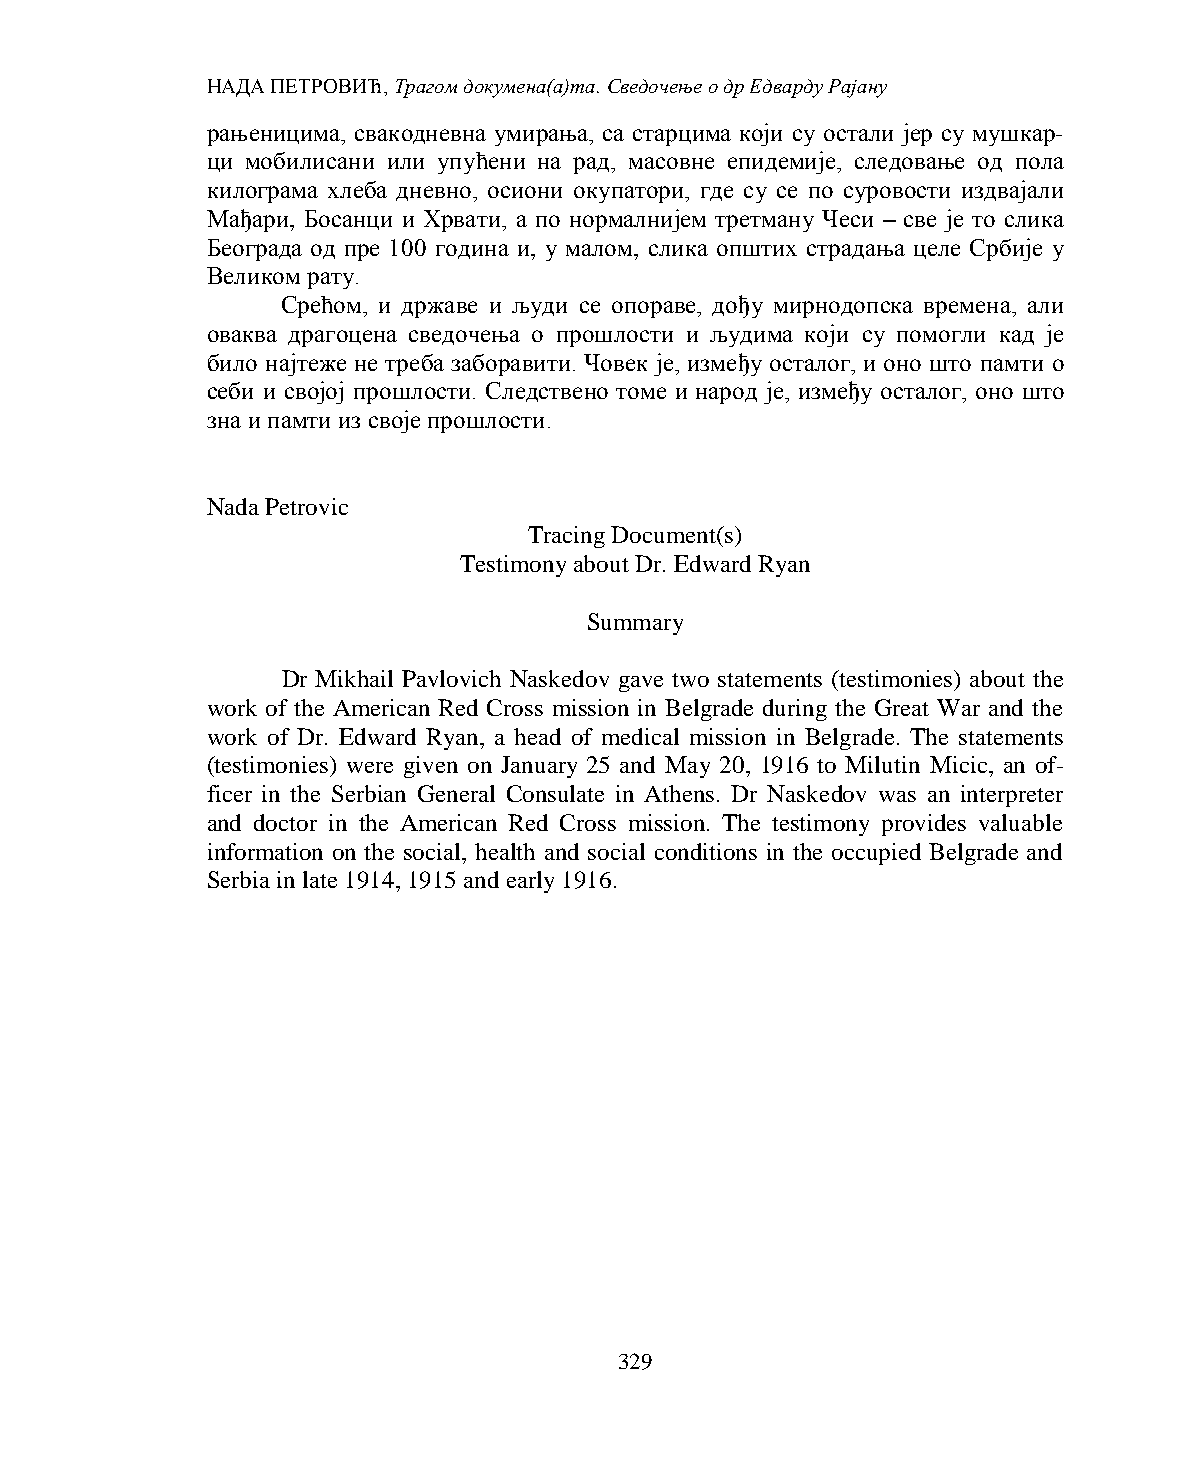
НАДА ПЕТРОВИЋ, Трагом докумена(а)та. Сведочење о др Едварду Рајану
 рањеницима, свакодневна умирања, са старцима који су остали јер су мушкар-
 ци мобилисани или упућени на рад, масовне епидемије, следовање од пола
 килограма хлеба дневно, осиони окупатори, где су се по суровости издвајали
 Мађари, Босанци и Хрвати, а по нормалнијем третману Чеси – све је то слика
 Београда од пре 100 година и, у малом, слика општих страдања целе Србије у
 Великом рату.
 Срећом, и државе и људи се опораве, дођу мирнодопска времена, али
 оваква драгоцена сведочења о прошлости и људима који су помогли кад је
 било најтеже не треба заборавити. Човек је, између осталог, и оно што памти о
 себи и својој прошлости. Следствено томе и народ је, између осталог, оно што
 зна и памти из своје прошлости.
 Nada Petrovic
 Tracing Document(s)
 Testimony about Dr. Edward Ryan
 Summary
 Dr Mikhail Pavlovich Naskedov gave two statements (testimonies) about the
 work of the American Red Cross mission in Belgrade during the Great War and the
 work of Dr. Edward Ryan, a head of medical mission in Belgrade. The statements
 (testimonies) were given on January 25 and May 20, 1916 to Milutin Micic, an of-
 ficer in the Serbian General Consulate in Athens. Dr Naskedov was an interpreter
 and doctor in the American Red Cross mission. The testimony provides valuable
 information on the social, health and social conditions in the occupied Belgrade and
 Serbia in late 1914, 1915 and early 1916.
 329